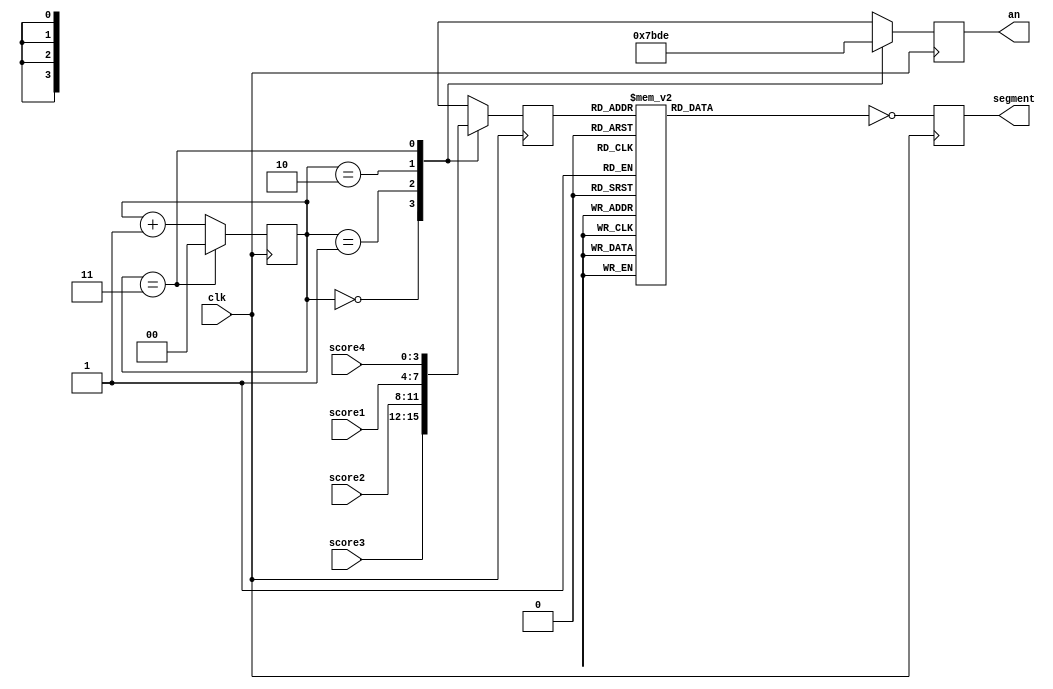
`timescale 1ns / 1ps

module segment_display(clk, score4, score3, score2, score1, segment, an);
    
    input clk;
    input [3:0] score4; 
    input [3:0] score3;
    input [3:0] score2;
    input [3:0] score1;
    output [7:0] segment;
    output [3:0] an;
    
    wire [2:0] min1;
    wire [3:0] min0;
    wire [2:0] sec1;
    wire [3:0] sec0;
    
    reg [7:0] segment;
    reg [3:0] an;
    
    reg [3:0] selection;
    
    // mod 4 Counter
    reg [1:0] counter = 0; 
   

    always @ (posedge clk)
    begin
        if (counter == 3)
            counter <= 0;
        else 
            counter <= counter + 1;
            
        case (counter)
          0: an <= 4'b0111;
          1: an <= 4'b1011;
          2: an <= 4'b1101;
          3: an <= 4'b1110;
        endcase
        
        case (counter)
          0: selection <= score3;
          1: selection <= score2;
          2: selection <= score1;
          3: selection <= score4;
        endcase
		
        case (selection)
            4'h0: segment = 8'b00111111;
            4'h1: segment = 8'b00000110;
            4'h2: segment = 8'b01011011;
            4'h3: segment = 8'b01001111;
            4'h4: segment = 8'b01100110;
            4'h5: segment = 8'b01101101;
            4'h6: segment = 8'b01111101;
            4'h7: segment = 8'b00000111;
            4'h8: segment = 8'b01111111;
            4'h9: segment = 8'b01101111;
            default: segment = 8'b00000000;
        endcase
        segment = ~segment;
    end

endmodule